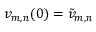
v _ { m , n } ( 0 ) = \tilde { v } _ { m , n }